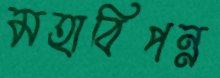
মহাবিপন্ন